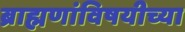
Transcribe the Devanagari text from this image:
ब्राह्मणांविषयीच्या